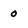
Character: 0